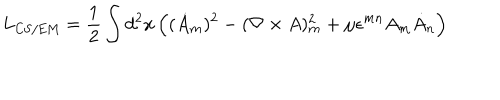
LaTeX: L _ { \mathrm { C S / E M } } = \frac 1 2 \int d ^ { 2 } x \, \Bigl ( ( \dot { A } _ { m } ) ^ { 2 } - ( \nabla \times A ) _ { m } ^ { 2 } + \mu \epsilon ^ { m n } A _ { m } \dot { A } _ { n } \Bigr )